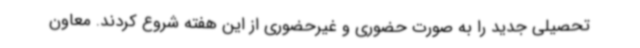
تحصیلی جدید را به صورت حضوری و غیرحضوری از این هفته شروع کردند. معاون